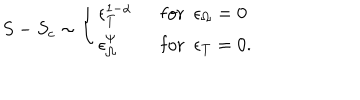
S - S _ { c } \sim \left\{ \begin{array} { l l } { { \epsilon _ { T } ^ { 1 - \alpha } } } & { { \ \ \mathrm { f o r } \ \ \epsilon _ { \Omega } = 0 } } \\ { { \epsilon _ { \Omega } ^ { \psi } } } & { { \ \ \mathrm { f o r } \ \ \epsilon _ { T } = 0 . } } \\ \end{array} \right.